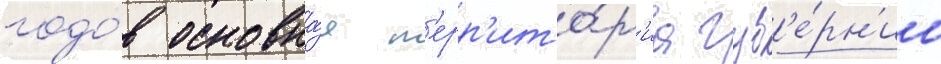
годо́в основна́я т'ерр'ито́р'иа губ'е́рн'ии